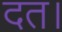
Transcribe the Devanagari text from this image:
दत।